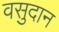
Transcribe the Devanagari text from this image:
वसुदान